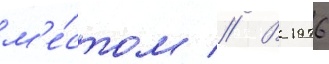
м'е́стом // В 1976